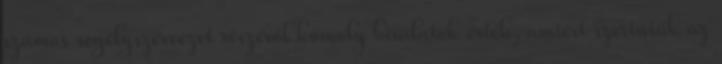
számos segélyszervezet részéről komoly bírálatok érték, amiért szerintük az